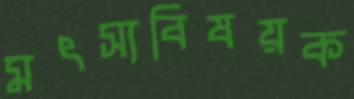
মৎস্যবিষয়ক